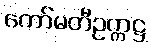
ကော်မတီဥက္ကဋ္ဌ